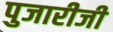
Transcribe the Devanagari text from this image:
पुजारीजी